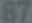
87